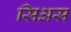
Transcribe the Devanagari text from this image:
सिअस